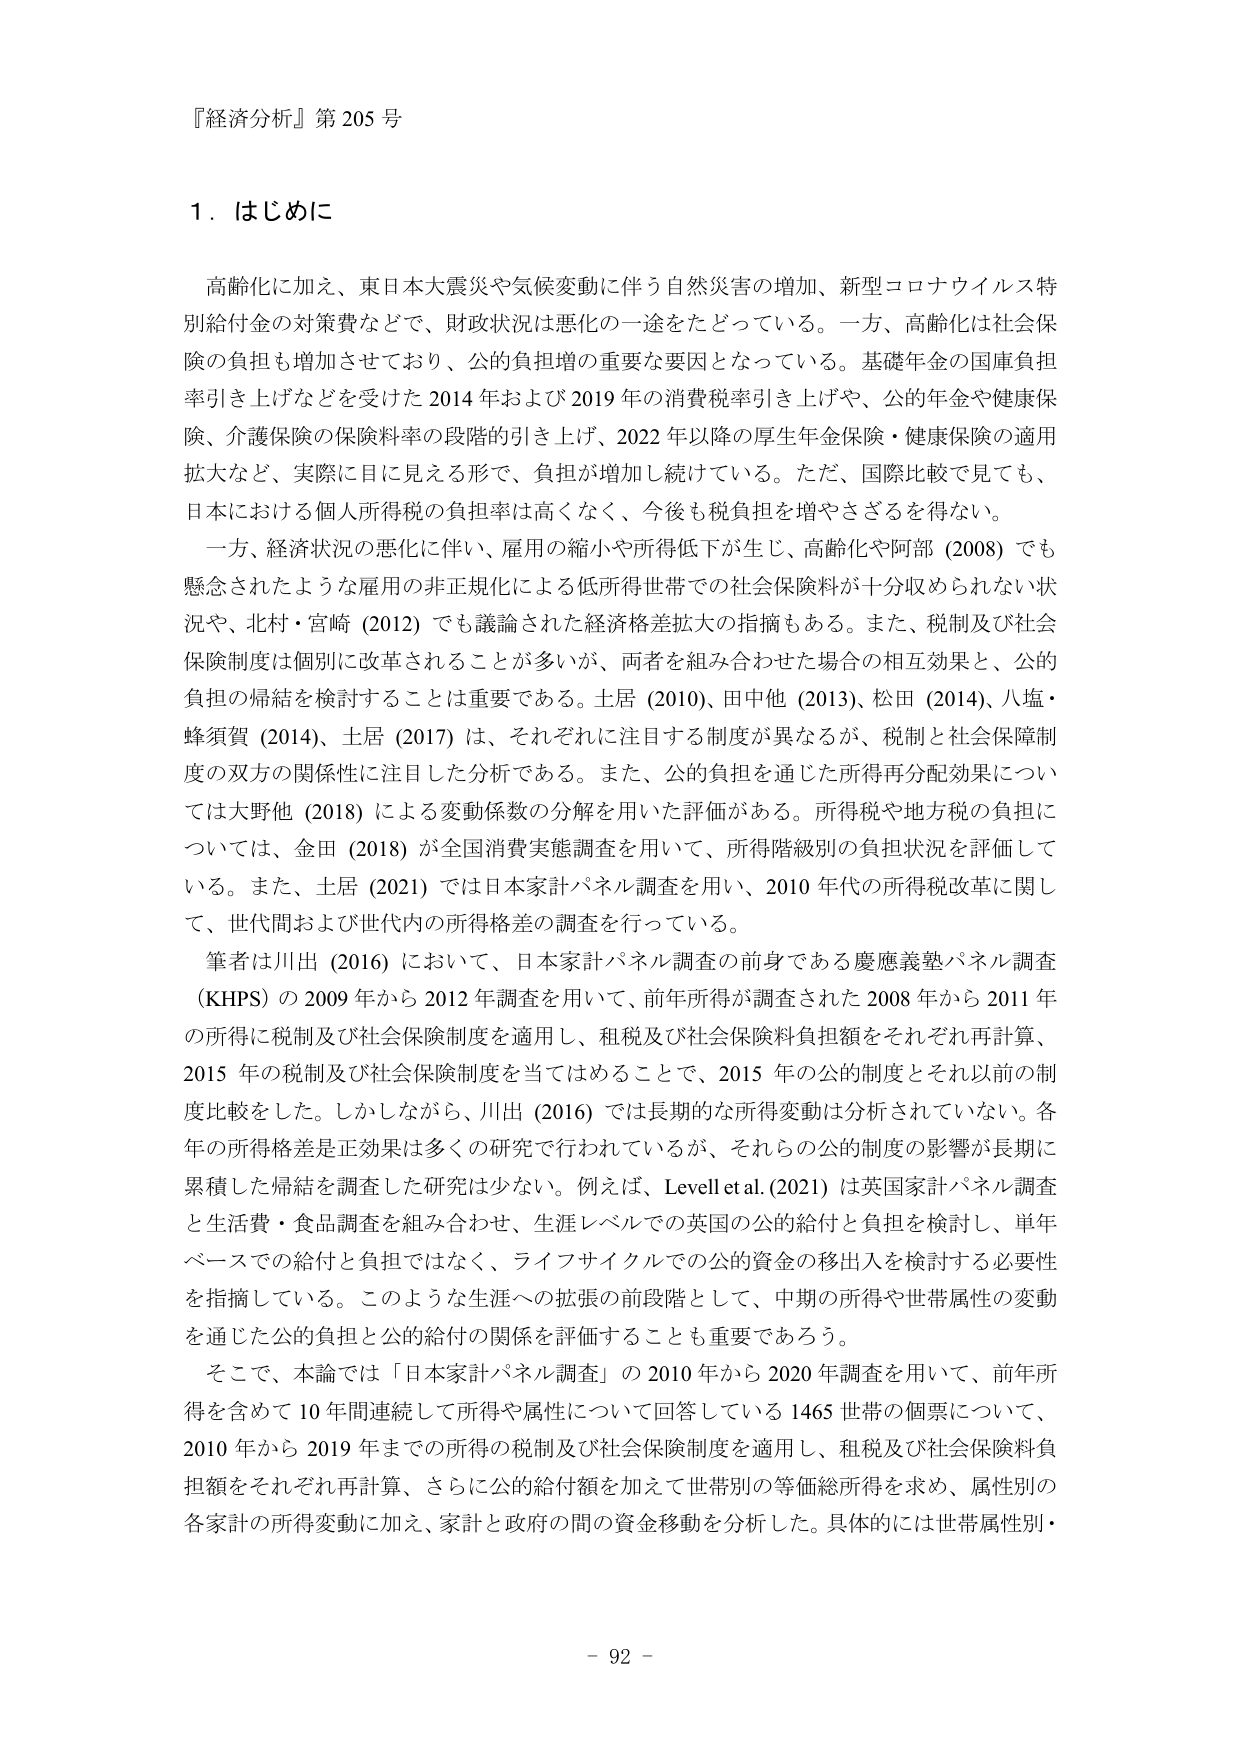
『経済分析』第205号

1．はじめに

高齢化に加え、東日本大震災や気候変動に伴う自然災害の増加、新型コロナウイルス特別給付金の対策費などで、財政状況は悪化の一途をたどっている。一方、高齢化は社会保険の負担も増加させており、公的負担増の重要な要因となっている。基礎年金の国庫負担率引き上げなどを受けた2014年および2019年の消費税率引き上げや、公的年金や健康保険、介護保険の保険料率の段階的引き上げ、2022年以降の厚生年金保険・健康保険の適用拡大など、実際に目に見える形で、負担が増加し続けている。ただ、国際比較で見ても、日本における個人所得税の負担率は高くなく、今後も税負担を増やさざるを得ない。

一方、経済状況の悪化に伴い、雇用の縮小や所得低下が生じ、高齢化や阿部（2008）でも懸念されたような雇用の非正規化による低所得世帯での社会保険料が十分収められない状況や、北村・宮崎（2012）でも議論された経済格差拡大の指摘もある。また、税制及び社会保険制度は個別に改革されることが多いが、両者を組み合わせた場合の相互効果と、公的負担の帰結を検討することは重要である。土居（2010）、田中他（2013）、松田（2014）、八塩・蜂須賀（2014）、土居（2017）は、それぞれに注目する制度が異なるが、税制と社会保障制度の双方の関係性に注目した分析である。また、公的負担を通じた所得再分配効果については大野他（2018）による変動係数の分解を用いた評価がある。所得税や地方税の負担については、金田（2018）が全国消費実態調査を用いて、所得階級別の負担状況を評価している。また、土居（2021）では日本家計パネル調査を用い、2010年代の所得税改革に関して、世代間および世代内の所得格差の調査を行っている。

筆者は川出（2016）において、日本家計パネル調査の前身である慶應義塾パネル調査（KHPS）の2009年から2012年調査を用いて、前年所得が調査された2008年から2011年の所得に税制及び社会保険制度を適用し、租税及び社会保険料負担額をそれぞれ再計算、2015年の税制及び社会保険制度を当てはめることで、2015年の公的制度とそれ以前の制度比較をした。しかしながら、川出（2016）では長期的な所得変動は分析されていない。各年の所得格差は正効果は多くの研究で行われているが、それらの公的制度の影響が長期に累積した帰結を調査した研究は少ない。例えば、Levell et al.（2021）は英国家計パネル調査と生活費・食品調査を組み合わせ、生涯レベルでの英国の公的給付と負担を検討し、単年ベースでの給付と負担ではなく、ライフサイクルでの公的資金の移出入を検討する必要性を指摘している。このような生涯への拡張の前段階として、中期の所得や世帯属性の変動を通じた公的負担と公的給付の関係を評価することも重要であろう。

そこで、本論では「日本家計パネル調査」の2010年から2020年調査を用いて、前年所得を含めて10年間連続して所得や属性について回答している1465世帯の個票について、2010年から2019年までの所得の税制及び社会保険制度を適用し、租税及び社会保険料負担額をそれぞれ再計算、さらに公的給付額を加えて世帯別の等価総所得を求め、属性別の各家計の所得変動に加え、家計と政府の間の資金移動を分析した。具体的には世帯属性別・

- 92 -